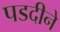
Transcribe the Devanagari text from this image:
पडदीने